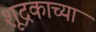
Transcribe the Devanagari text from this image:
शूद्रकाच्या